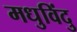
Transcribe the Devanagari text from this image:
मधुविंदु